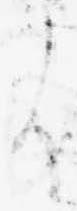
よ